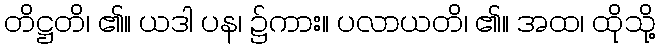
တိဋ္ဌတိ၊ ၏။ ယဒါ ပန၊ ၌ကား။ ပလာယတိ၊ ၏။ အထ၊ ထိုသို့